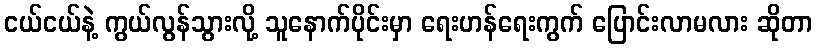
ငယ်ငယ်နဲ့ ကွယ်လွန်သွားလို့ သူနောက်ပိုင်းမှာ ရေးဟန်ရေးကွက် ပြောင်းလာမလား ဆိုတာ